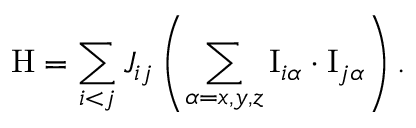
\mathrm { H } = \sum _ { i < j } J _ { i j } \left( \sum _ { \alpha = x , y , z } \mathrm { I } _ { i \alpha } \cdot \mathrm { I } _ { j \alpha } \right) .